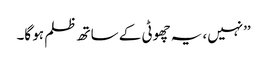
’’نہیں، یہ چھوٹی کے ساتھ ظلم ہو گا۔